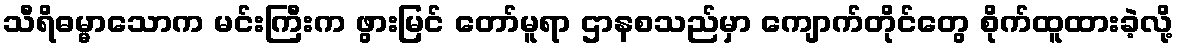
သီရိဓမ္မာသောက မင်းကြီးက ဖွားမြင် တော်မူရာ ဌာနစသည်မှာ ကျောက်တိုင်တွေ စိုက်ထူထားခဲ့လို့